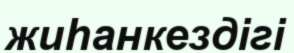
жиһанкездігі